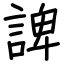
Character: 諀